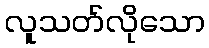
လူသတ်လိုသော